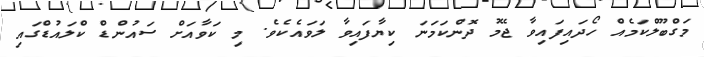
މަގްބޫލްކަމެއް ހޯދައިފައިވާ ޖޭމު ދޮންކަމަނަ ކިޔާފައިވާ ލަވައެކެވެ. މި ކަވާއަށް ސައުންޑް ކްލައުޑްގައި